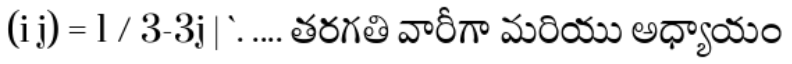
(i j) = 1 / 3-3j | `. .... తరగతి వారీగా మరియు అధ్యాయం